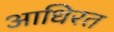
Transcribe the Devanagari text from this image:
आधिरत